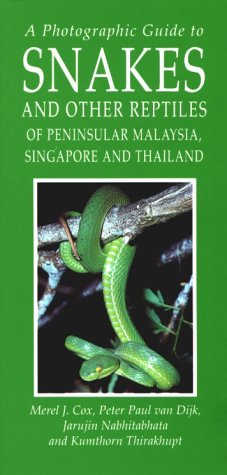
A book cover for A Photographic Guide to Snakes and Other Reptiles of Thailand, Singapore & Peninsular Malaysia; Merel J. Cox; Travel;